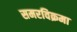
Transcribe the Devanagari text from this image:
समरविक्रमा